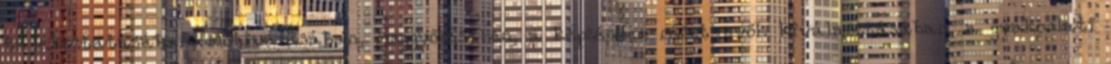
tájékoztatásában, motiválásában, meggyőzésében, a képzésben résztvevők kiválasztásában, a gyakorlati